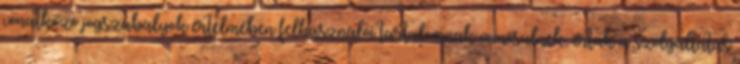
vonatkozó jogszabályok értelmében felhasználói tartalomnak minősülnek, értük a szolgáltatás